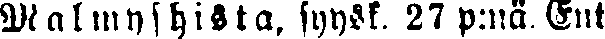
Malmyshista, syysk. 27 p:nä. Ent